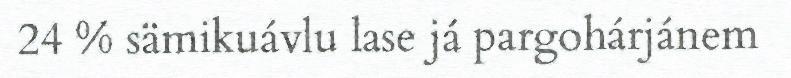
24 % sämikuávlu lase já pargohárjánem